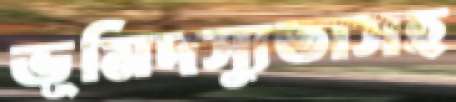
ভূমিদস্যুতাসহ